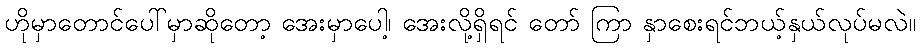
ဟိုမှာတောင်ပေါ်မှာဆိုတော့ အေးမှာပေါ့၊ အေးလို့ရှိရင် တော် ကြာ နှာစေးရင်ဘယ့်နှယ်လုပ်မလဲ။